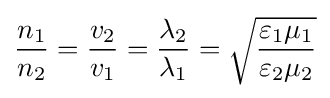
{\frac {n_{1}}{n_{2}}}={\frac {v_{2}}{v_{1}}}={\frac {\lambda _{2}}{\lambda _{1}}}={\sqrt {\frac {\varepsilon _{1}\mu _{1}}{\varepsilon _{2}\mu _{2}}}}\,\!